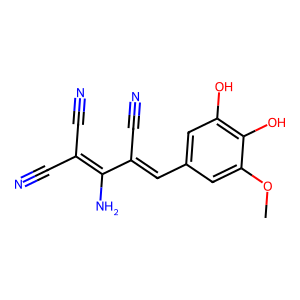
SMILES: COc1cc(C=C(C#N)C(N)=C(C#N)C#N)cc(O)c1O
Inhibits HIV replication: No